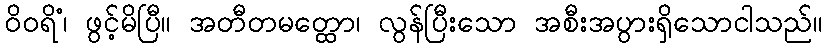
ဝိဝရိံ၊ ဖွင့်မိပြီ။ အတီတမတ္ထော၊ လွန်ပြီးသော အစီးအပွားရှိသောငါသည်။